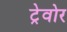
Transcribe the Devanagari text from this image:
ट्रेवोर